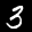
Label: 3